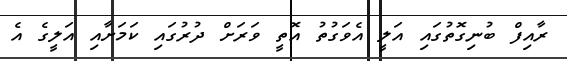
ރާއިފް ބުނިގޮތުގައި އަލީ އެވަގުތު އޮތީ ވަރަށް ދުރުގައި ކަމަށާއި އަލީގެ އެ